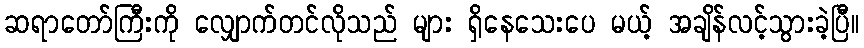
ဆရာတော်ကြီးကို လျှောက်တင်လိုသည် များ ရှိနေသေးပေ မယ့် အချိန်လင့်သွားခဲ့ပြီ။